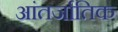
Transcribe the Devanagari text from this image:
आंतर्जातिक